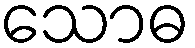
သောဓ